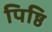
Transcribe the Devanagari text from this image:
पिष्ठि